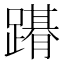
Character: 𨅤